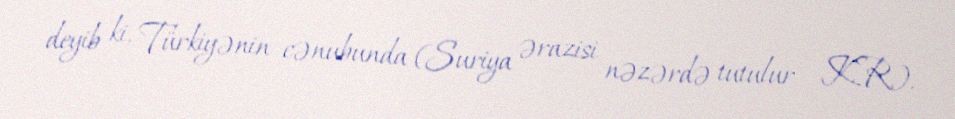
deyib ki, Türkiyənin cənubunda (Suriya ərazisi nəzərdə tutulur - K.R.).